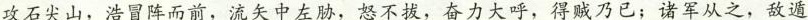
攻石尖山，浩冒阵而前，流矢中左胁，怒不拔，奋力大呼，得贼乃已；诸军从之，敌遁